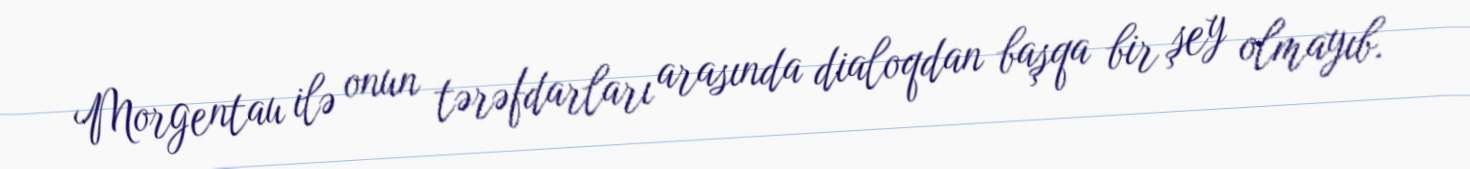
Morgentau ilə onun tərəfdarları arasında dialoqdan başqa bir şey olmayıb.